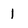
Character: 1